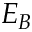
E _ { B }